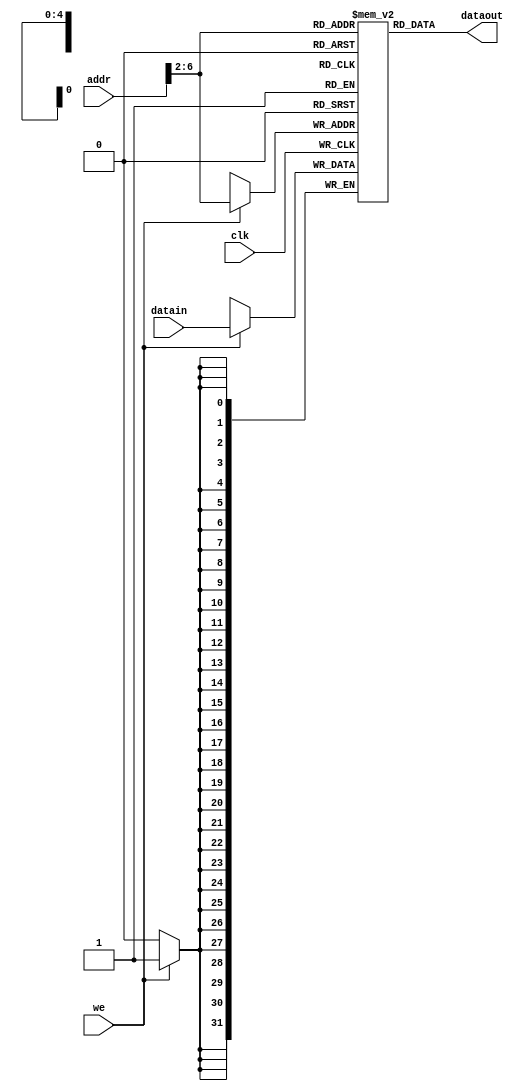
/************************************************
  The Verilog HDL code example is from the book
  Computer Principles and Design in Verilog HDL
  by Yamin Li, published by A JOHN WILEY & SONS
************************************************/
module pl_exc_d_mem (clk,dataout,datain,addr,we); // data memory, ram
    input         clk;                     // clock
    input         we;                      // write enable
    input  [31:0] datain;                  // data in (to memory)
    input  [31:0] addr;                    // ram address
    output [31:0] dataout;                 // data out (from memory)
    reg    [31:0] ram [0:31];              // ram cells: 32 words * 32 bits
    assign dataout = ram[addr[6:2]];       // use 6-bit word address
    always @ (posedge clk) begin
        if (we) ram[addr[6:2]] = datain;   // write ram
    end
    integer i;
    initial begin                          // ram initialization
        for (i = 0; i < 32; i = i + 1)
            ram[i] = 0;
        // ram[word_addr] = data           // (byte_addr) item in data array
        ram[5'h08] = 32'h00000030;         // (20) 0. int_entry
        ram[5'h09] = 32'h0000003c;         // (24) 1. sys_entry
        ram[5'h0a] = 32'h00000054;         // (28) 2. uni_entry
        ram[5'h0b] = 32'h00000068;         // (2c) 3. ovr_entry
        ram[5'h12] = 32'h00000002;         // (48) for testing overflow
        ram[5'h13] = 32'h7fffffff;         // (4c) 2 + max_int -> overflow
        ram[5'h14] = 32'h000000a3;         // (50) data[0]   0 +  a3 =  a3
        ram[5'h15] = 32'h00000027;         // (54) data[1]  a3 +  27 =  ca
        ram[5'h16] = 32'h00000079;         // (58) data[2]  ca +  79 = 143
        ram[5'h17] = 32'h00000115;         // (5c) data[3] 143 + 115 = 258
    end
endmodule